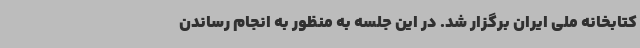
کتابخانه ملی ایران برگزار شد. در این جلسه به منظور به انجام رساندن